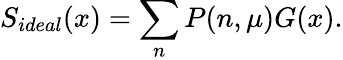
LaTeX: S_{ideal}(x)=\sum_{n}P(n,\mu)G(x).